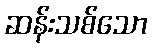
ဆန်းသစ်သော